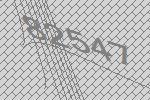
82547